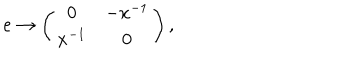
LaTeX: e \rightarrow \left( \begin{array} { c c } { { 0 } } & { { - x ^ { - 1 } } } \\ { { x ^ { - 1 } } } & { { 0 } } \\ \end{array} \right) ,